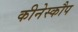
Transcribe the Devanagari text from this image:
कीनेस्कौप